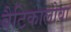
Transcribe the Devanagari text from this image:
बैटिकालोवा